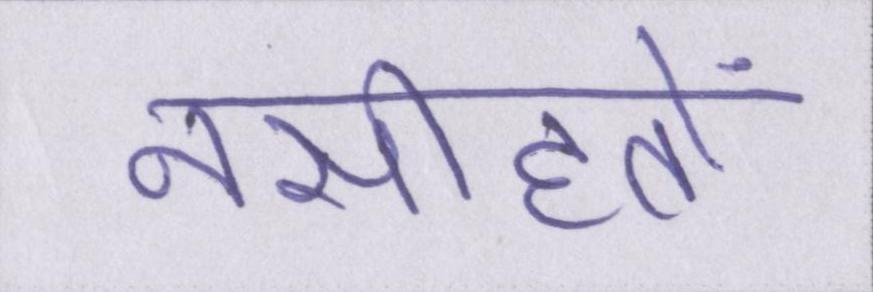
नसीहतों